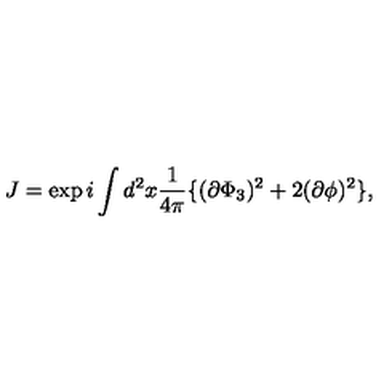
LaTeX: J = \exp i \int d ^ { 2 } x \frac { 1 } { 4 \pi } \{ ( \partial \Phi _ { 3 } ) ^ { 2 } + 2 ( \partial \phi ) ^ { 2 } \} ,